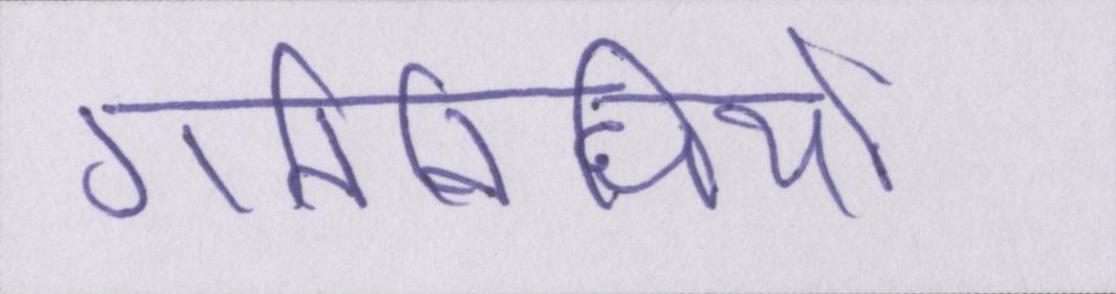
गतिविधियों